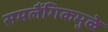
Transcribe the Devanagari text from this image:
समलैंगिकमुळे